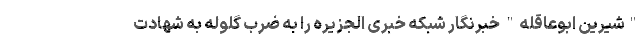
"شیرین ابوعاقله" خبرنگار شبکه خبری الجزیره را به ضرب گلوله به شهادت